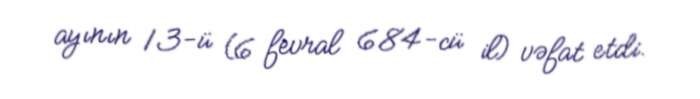
ayının 13-ü (6 fevral 684-cü il) vəfat etdi.